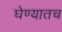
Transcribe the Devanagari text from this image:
घेण्यातच